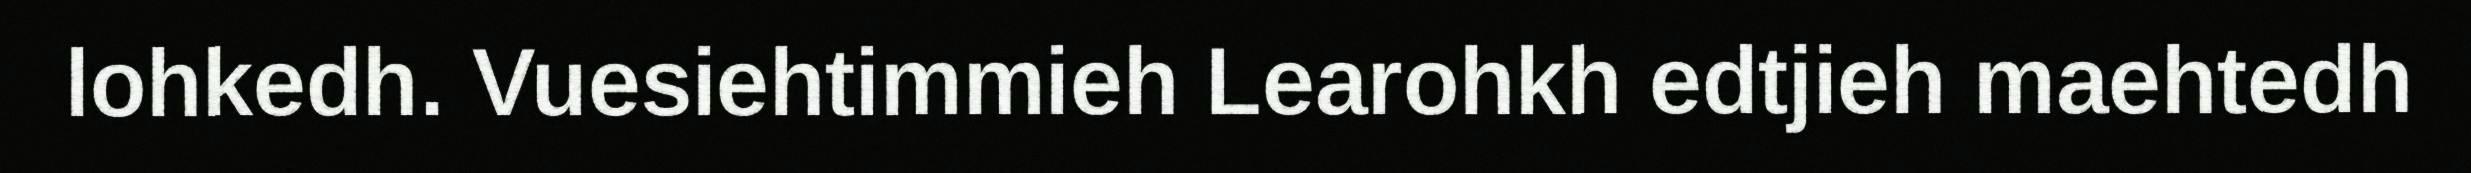
lohkedh. Vuesiehtimmieh Learohkh edtjieh maehtedh